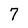
Character: 7